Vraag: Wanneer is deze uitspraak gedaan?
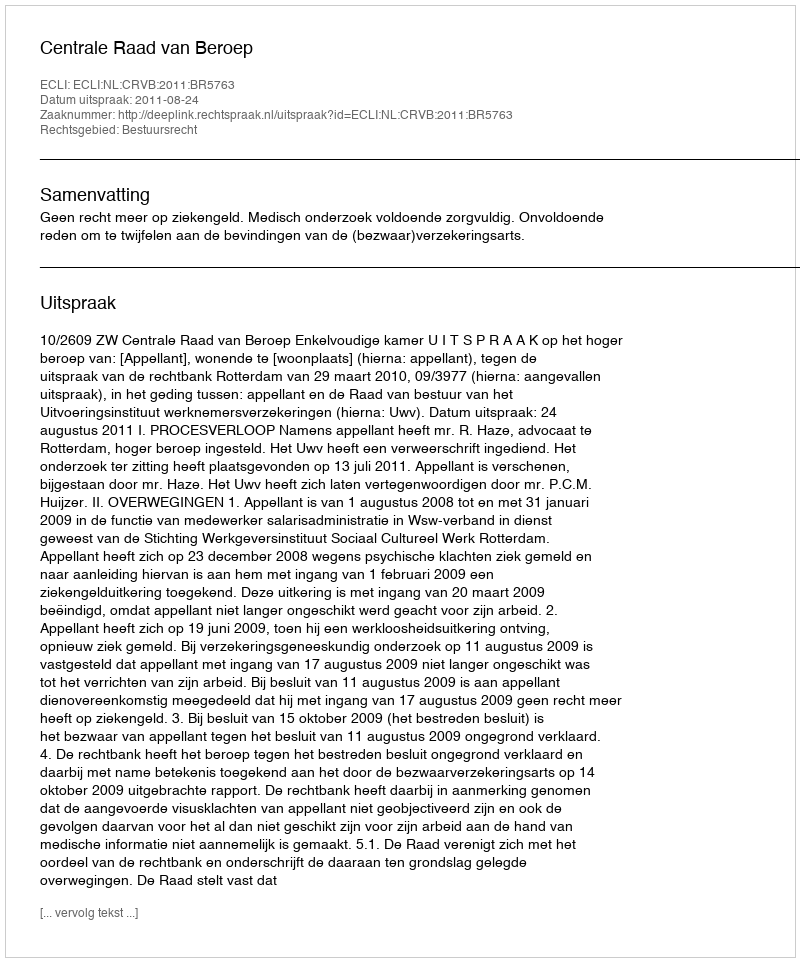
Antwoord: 2011-08-24